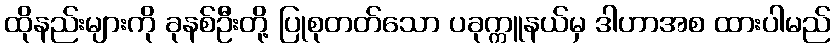
ထိုနည်းများကို ခုနစ်ဦးတို့ ပြုစုတတ်သော ပခုက္ကူနယ်မှ ဒါဟာအစ ထားပါမည်